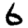
Digit: 6